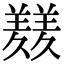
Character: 𦏇